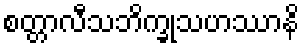
စတ္တာလီသဘိက္ခုသဟဿာနိ